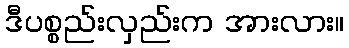
ဒီပစ္စည်းလှည်းက အားလား။